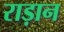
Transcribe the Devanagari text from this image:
राड़ान